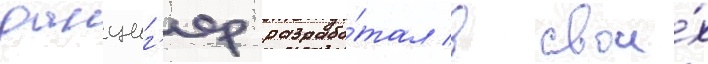
данциг'ер разрабо́тал в свои́х